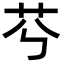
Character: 𦬉